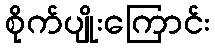
စိုက်ပျိုးကြောင်း